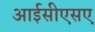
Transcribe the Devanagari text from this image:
आईसीएसए